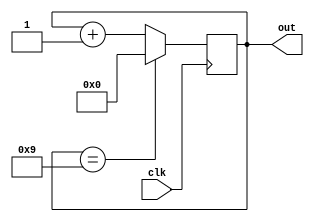
module contador_modulo9 (
  input wire clk,         
  output wire [3:0] out 
);

  reg [3:0] contador;     

  always @(posedge clk) begin
    
    if (contador == 4'b1001) begin
      contador <= 4'b0000; 
    end else begin
      contador <= contador + 1;
    end
  end

 
  assign out = contador;

endmodule